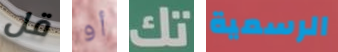
قل أو تك الرسمية